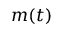
m ( t )